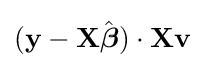
(\mathbf {y} -\mathbf {X} {\hat {\boldsymbol {\beta }}})\cdot \mathbf {X} \mathbf {v}